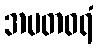
အမတဝရံ